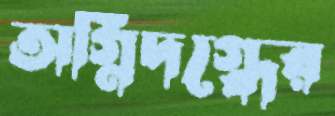
অগ্নিদগ্ধের